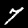
Label: 7